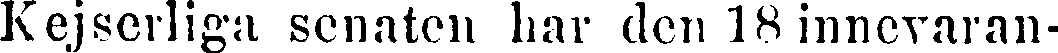
Kejserliga senaten har den 18 innevaran-